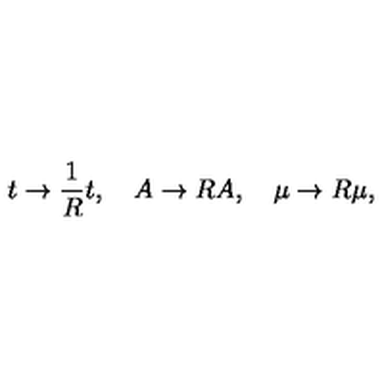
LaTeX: t \rightarrow \frac { 1 } { R } t , \quad A \rightarrow R A , \quad \mu \rightarrow R \mu ,